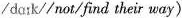
/dark//not/find their way).